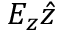
E _ { z } \hat { z }